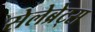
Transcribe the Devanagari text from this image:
सेलेब्रेट्स